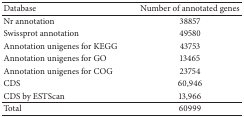
<table><thead><tr><td><b>Database</b></td><td><b>Number of annotated genes</b></td></tr></thead><tbody><tr><td>Nr annotation</td><td>38857</td></tr><tr><td>Swissprot annotation </td><td>49580</td></tr><tr><td>Annotation unigenes for KEGG </td><td>43753</td></tr><tr><td>Annotation unigenes for GO</td><td>13465</td></tr><tr><td>Annotation unigenes for COG</td><td>23754</td></tr><tr><td>CDS</td><td>60,946</td></tr><tr><td>CDS by ESTScan</td><td>13,966</td></tr><tr><td>Total</td><td>60999</td></tr></tbody></table>